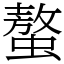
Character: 螯